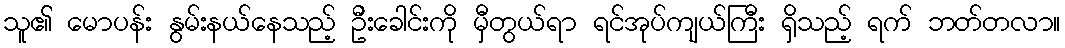
သူ၏ မောပန်း နွမ်းနယ်နေသည့် ဦးခေါင်းကို မှီတွယ်ရာ ရင်အုပ်ကျယ်ကြီး ရှိသည့် ရက် ဘတ်တလာ။